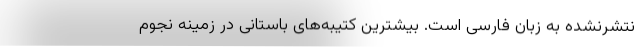
نتشرنشده به زبان فارسی است. بیشترین کتیبه‌های باستانی در زمینه نجوم